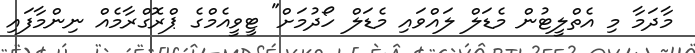
މާދަމާ މި އެތްލީޓުން މެޑަލް ލައްވައި މެޑަލް ހޯދުމަށް" ޓީވީއެމްގެ ޕްރޮގްރާމެއް ނިންމާފައި